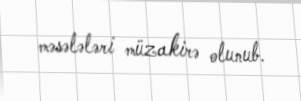
məsələləri müzakirə olunub.